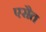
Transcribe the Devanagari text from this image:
एरौत